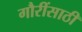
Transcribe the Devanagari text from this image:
गौरींसाठी